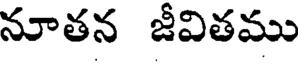
నూతన జీవితము